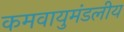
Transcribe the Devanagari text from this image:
कमवायुमंडलीय